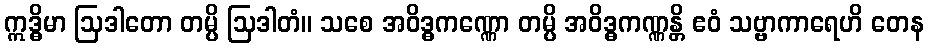
ဣဒ္ဓိမာ ဩဒါတော တမ္ပိ ဩဒါတံ။ သစေ အဝိဒ္ဓကဏ္ဏော တမ္ပိ အဝိဒ္ဓကဏ္ဏန္တိ ဧဝံ သဗ္ဗာကာရေဟိ တေန